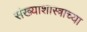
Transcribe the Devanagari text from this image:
संख्याशास्त्राच्या